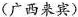
(广西来宾)